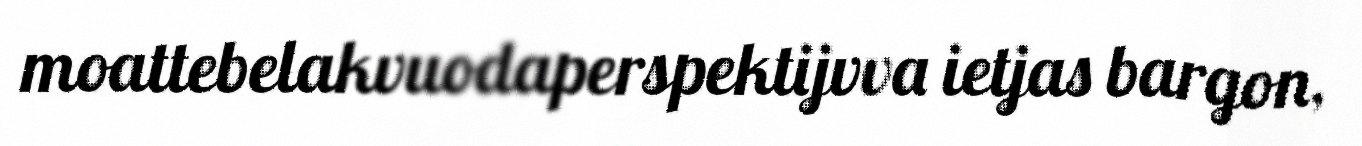
moattebelakvuodaperspektijvva ietjas bargon,